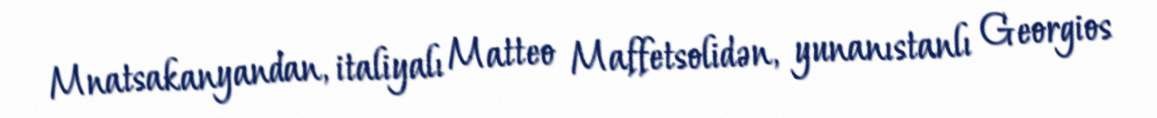
Mnatsakanyandan, italiyalı Matteo Maffetsolidən, yunanıstanlı Georgios